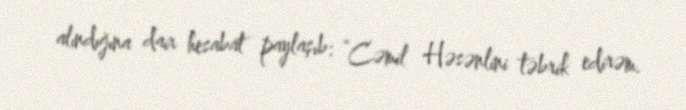
alındığına dair hesabat paylaşıb: “Cəmil Həsənlini təbrik edirəm.